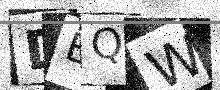
Text: DBQW